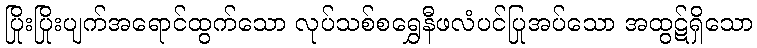
ပြိုးပြိုးပျက်အရောင်ထွက်သော လုပ်သစ်စရွှေနီဖလံပင်ပြုအပ်သော အထွဋ်ရှိသော